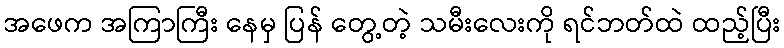
အဖေက အကြာကြီး နေမှ ပြန် တွေ့တဲ့ သမီးလေးကို ရင်ဘတ်ထဲ ထည့်ပြီး